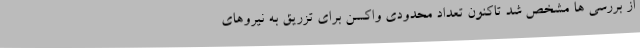
از بررسی ها مشخص شد تاکنون تعداد محدودی واکسن برای تزریق به نیروهای